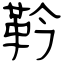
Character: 靲